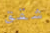
شقق